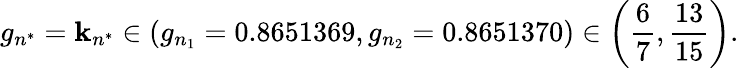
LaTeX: g_{n^{*}}=\mathbf{k}_{n^{*}}\in\left(g_{n_{1}}=0.8651369,g_{n_{2}}=0.8651370\right)\in\left(\frac{{6}}{{7}},\frac{{13}}{{15}}\right).